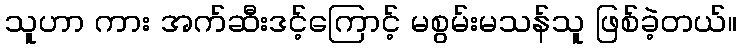
သူဟာ ကား အက်ဆီးဒင့်ကြောင့် မစွမ်းမသန်သူ ဖြစ်ခဲ့တယ်။